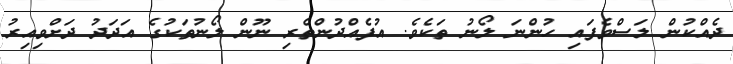
ދެއްކުން ލަސްވެފައި ހުންނަ ލޯނު ތަކެވެ. އުފެއްދުންތެރި ނޫން ލޯނުތަކުގެ އަދަދު ދަށްވިއިރު